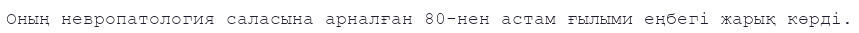
Оның невропатология саласына арналған 80-нен астам ғылыми еңбегі жарық көрді.